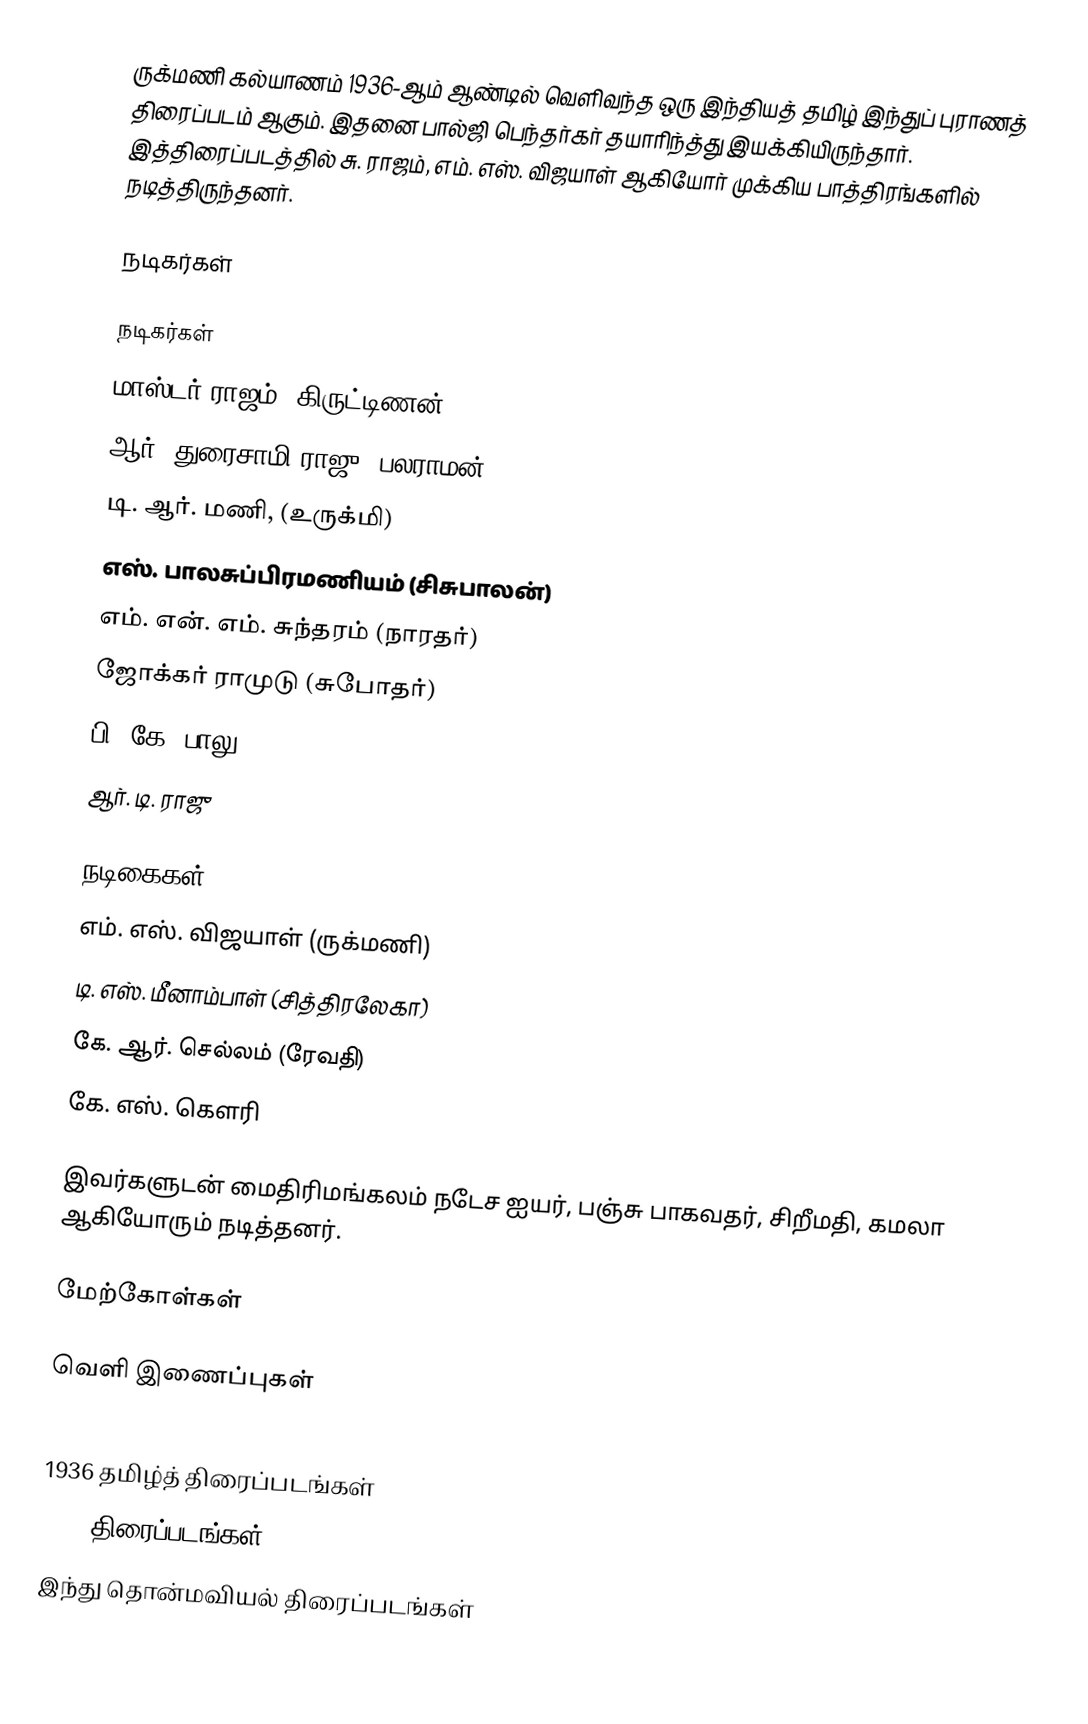
ருக்மணி கல்யாணம் 1936-ஆம் ஆண்டில் வெளிவந்த ஒரு இந்தியத் தமிழ் இந்துப் புராணத் திரைப்படம் ஆகும். இதனை பால்ஜி பெந்தர்கர் தயாரிந்த்து இயக்கியிருந்தார். இத்திரைப்படத்தில் சு. ராஜம், எம். எஸ். விஜயாள் ஆகியோர் முக்கிய பாத்திரங்களில் நடித்திருந்தனர்.

நடிகர்கள்

நடிகர்கள்
 மாஸ்டர் ராஜம் (கிருட்டிணன்)
 ஆர். துரைசாமி ராஜு (பலராமன்)
 டி. ஆர். மணி,  (உருக்மி)
 எஸ். பாலசுப்பிரமணியம்  (சிசுபாலன்)
 எம். என். எம். சுந்தரம் (நாரதர்)
 ஜோக்கர் ராமுடு (சுபோதர்)
 பி. கே. பாலு
 ஆர். டி. ராஜு

நடிகைகள்
 எம். எஸ். விஜயாள் (ருக்மணி)
 டி. எஸ். மீனாம்பாள் (சித்திரலேகா)
 கே. ஆர். செல்லம் (ரேவதி)
 கே. எஸ். கௌரி

இவர்களுடன் மைதிரிமங்கலம் நடேச ஐயர், பஞ்சு பாகவதர், சிறீமதி, கமலா ஆகியோரும் நடித்தனர்.

மேற்கோள்கள்

வெளி இணைப்புகள்

1936 தமிழ்த் திரைப்படங்கள்
1936 திரைப்படங்கள்
இந்து தொன்மவியல் திரைப்படங்கள்